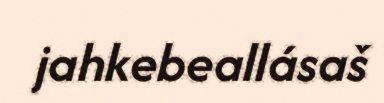
jahkebeallásaš